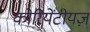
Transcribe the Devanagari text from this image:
कोरियेंटीयज़